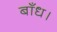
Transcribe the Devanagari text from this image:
बाँध।